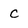
Character: c